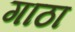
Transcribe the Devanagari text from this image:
गाठा